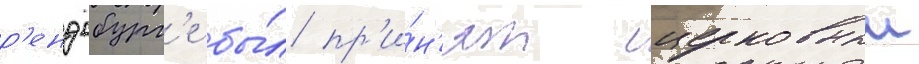
р'ендсбург'е бы́л пр'и́н'ят церковныи